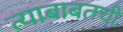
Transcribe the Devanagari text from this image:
त्याबाबतची